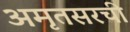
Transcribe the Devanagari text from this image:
अमृतसरची